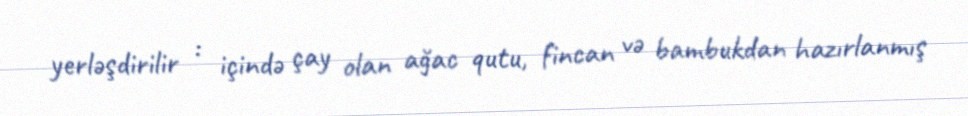
yerləşdirilir : içində çay olan ağac qutu, fincan və bambukdan hazırlanmış